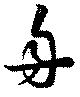
舟